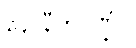
နောနီတပိဏ္ဍံဝ